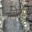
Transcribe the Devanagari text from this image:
विरोण